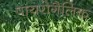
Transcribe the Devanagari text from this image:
पायरोगैलिक